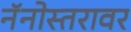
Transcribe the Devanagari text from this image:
नॅनोस्तरावर